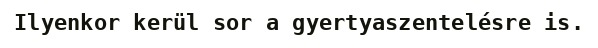
Ilyenkor kerül sor a gyertyaszentelésre is.